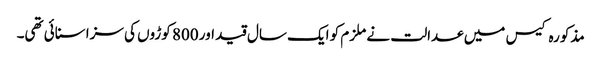
مذکورہ کیس میں عدالت نے ملزم کو ایک سال قید اور 800 کوڑوں کی سزا سنائی تھی۔